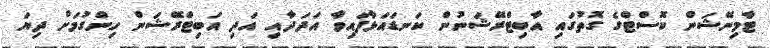
ޓާމިނޭޝަން ކޮސްޓްގެ ގޮތުގައި އާބިޓްރޭޝަނުން ކަނޑައަޅާފައިވާ އަދަދާއި އަދި އަބިޓްރޭޝަން ހިންގުމަށް ދިޔަ